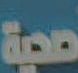
صحية